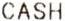
CASH